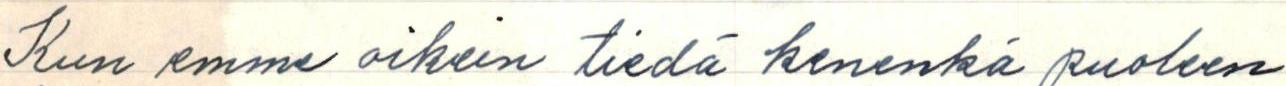
Kun emme oikein tiedä kenenkä puoleen